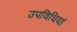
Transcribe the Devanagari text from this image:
उपविधियां